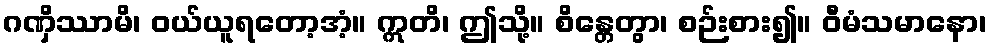
ဂဏှိဿာမိ၊ ဝယ်ယူရတော့အံ့။ ဣတိ၊ ဤသို့။ စိန္တေတွာ၊ စဉ်းစား၍။ ဝီမံသမာနော၊